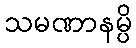
သမဏာနမ္ပိ